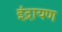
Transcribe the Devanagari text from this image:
इंद्रायण